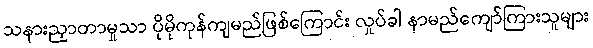
သနားညှာတာမှုသာ ပိုမိုကုန်ကျမည်ဖြစ်ကြောင်း လှုပ်ခါ နာမည်ကျော်ကြားသူများ